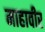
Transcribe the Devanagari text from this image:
माहावीर